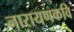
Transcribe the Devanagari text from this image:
नारायणकवि